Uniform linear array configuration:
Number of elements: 64
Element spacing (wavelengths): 1
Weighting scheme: hann
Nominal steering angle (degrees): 15
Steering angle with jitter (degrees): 14.181
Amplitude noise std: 0.05
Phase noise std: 0.05

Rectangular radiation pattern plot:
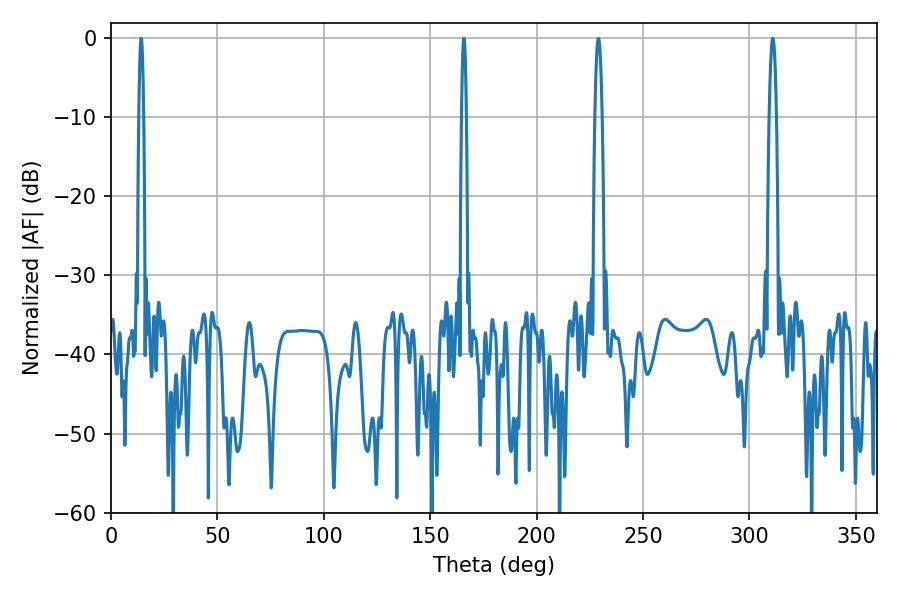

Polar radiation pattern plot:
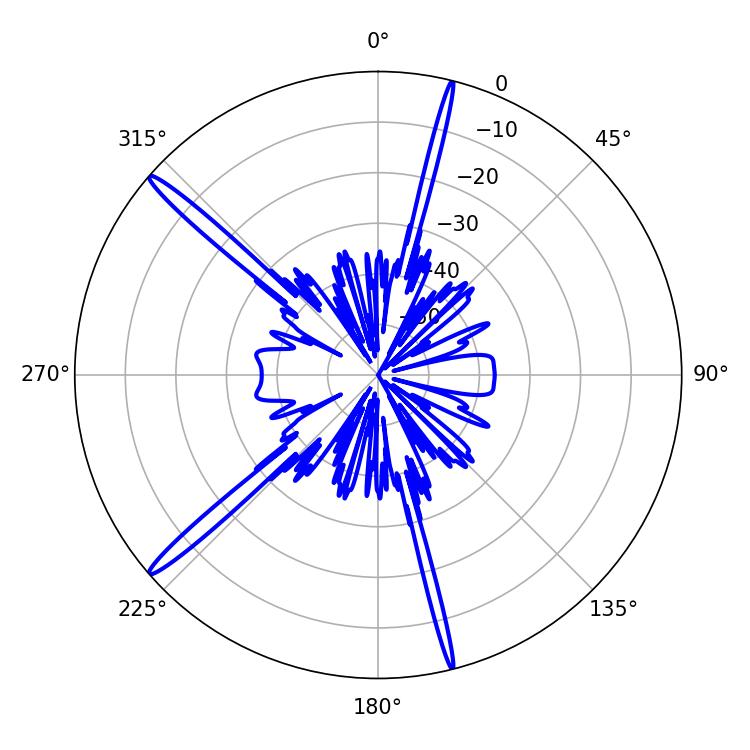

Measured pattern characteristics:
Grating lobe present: TRUE
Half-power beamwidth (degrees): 1.08
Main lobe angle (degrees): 165.78